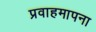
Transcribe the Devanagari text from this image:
प्रवाहमापना